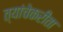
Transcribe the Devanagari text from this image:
त्यांचेकरीता